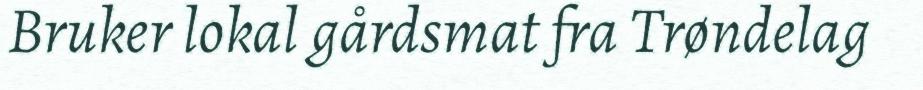
Bruker lokal gårdsmat fra Trøndelag